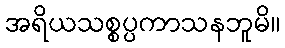
အရိယသစ္စပ္ပကာသနဘူမိ။